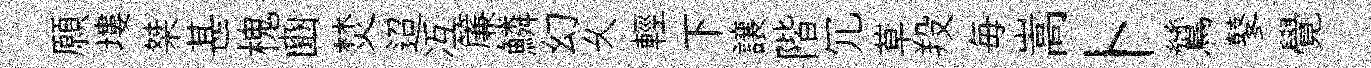
願塿桀甚槐豳焚迢冱簾鱗幻乆輕下譲階冗草羖毎嵩卜鷥鼕覺